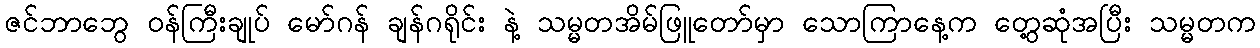
ဇင်ဘာဘွေ ဝန်ကြီးချုပ် မော်ဂန် ချန်ဂရိုင်း နဲ့ သမ္မတအိမ်ဖြူတော်မှာ သောကြာနေ့က တွေ့ဆုံအပြီး သမ္မတက